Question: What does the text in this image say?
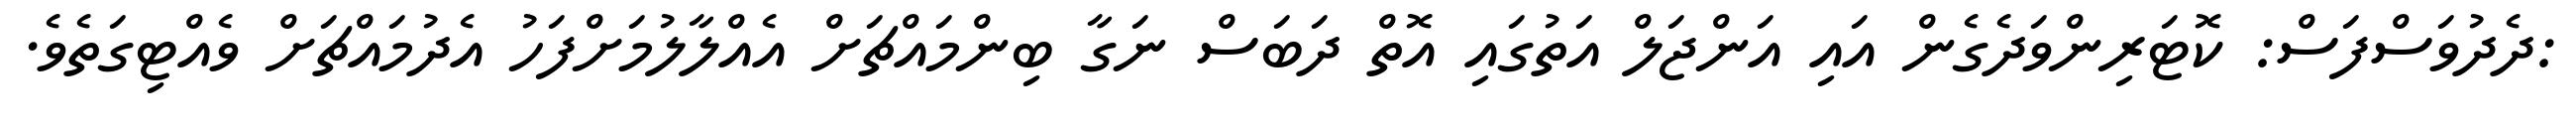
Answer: :ދެދުވަސްފަސް: ކޮޓަރިންވަދެގެން އައި އަންޖަލް އަތުގައި އޮތް ދަބަސް ނަގާ ބިންމައްޗަށް އެއްލާލުމަށްފަހު އެދުމައްޗަށް ވެއްޓިގަތެވެ.